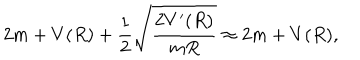
2 m + V ( R ) + { \frac { 1 } { 2 } } \sqrt { \frac { 2 V ^ { \prime } ( R ) } { m R } } \approx 2 m + V ( R ) ,